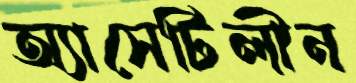
অ্যাসেটিলীন